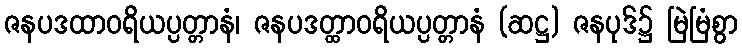
ဇနပဒထာဝရိယပ္ပတ္တာနံ၊ ဇနပဒတ္ထာဝရိယပ္ပတ္တာနံ (ဆဋ္ဌ) ဇနပုဒ်၌ မြဲမြံစွာ